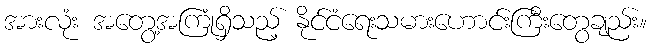
အားလုံး အတွေ့အကြုံရှိသည့် နိုင်ငံရေးသမားဟောင်းကြီးတွေချည်း။